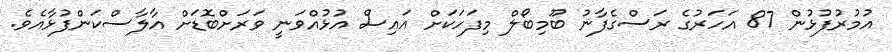
އުމުރުފުޅުން 87 އަހަރުގެ ރަސްގެފާނު ބޫމިބޯލް މިފަހަކަށް އައިސް އުޅުއްވަނީ ވަރަށްބޮޑަށް އާލާސްކަންފުޅާއެވެ.